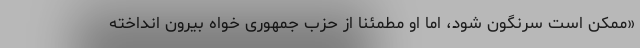
«ممکن است سرنگون شود، اما او مطمئناً از حزب جمهوری خواه بیرون انداخته